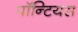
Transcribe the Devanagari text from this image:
पॉन्टियस